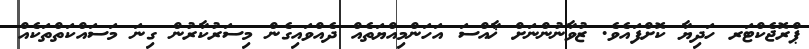
ޕްރޮޖެކްޓަރ ހަދިޔާ ކޮށްފައެވެ. ޒުވާނުންނަށް ޚާއްސަ އަހަންމިއްޔަތެއް ދެއްވައިގެން މިސަރުކާރުން ގިނަ މަސައްކަތްތަކެއް